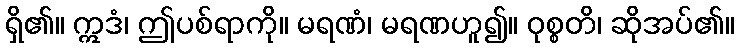
ရှိ၏။ ဣဒံ၊ ဤပစ်ရာကို။ မရဏံ၊ မရဏဟူ၍။ ဝုစ္စတိ၊ ဆိုအပ်၏။